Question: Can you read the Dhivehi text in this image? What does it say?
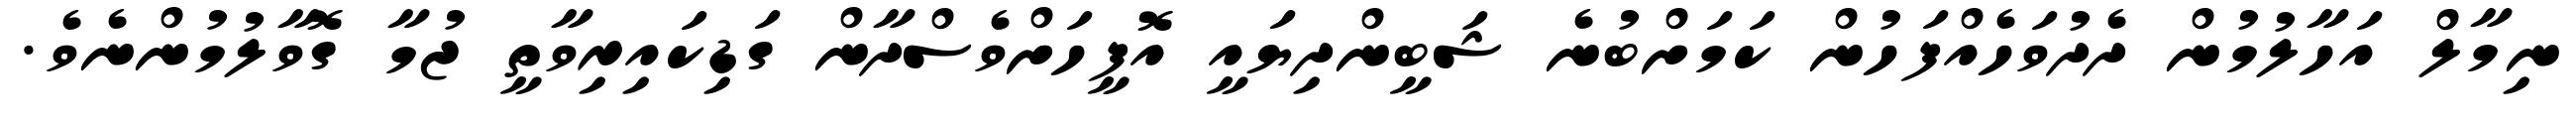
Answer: ނިމާލް އަހާލުމުން ދެދުވަހެއްފަހުން ކަމަށްބުނެ ޝަބީންދިޔައީ އޮފީހަށްވެސްދާން ގަޑިކައިރިވާތީ ޖުމާ ގޮވާލުމުންނެވެ.